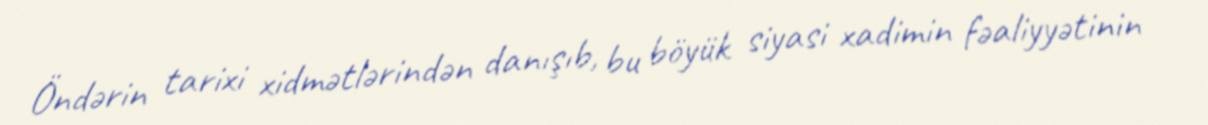
Öndərin tarixi xidmətlərindən danışıb, bu böyük siyasi xadimin fəaliyyətinin